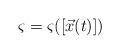
LaTeX: \begin{align*}\varsigma=\varsigma([\Vec{x}(t)])\end{align*}